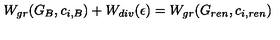
W _ { g r } ( G _ { B } , c _ { i , B } ) + W _ { d i v } ( \epsilon ) = W _ { g r } ( G _ { r e n } , c _ { i , r e n } )